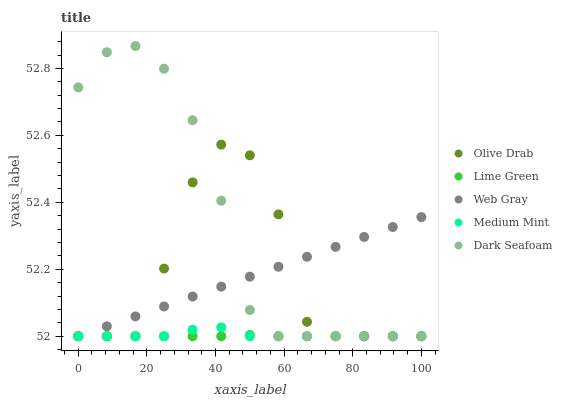
| xaxis_label | Olive Drab | Lime Green | Web Gray | Medium Mint | Dark Seafoam |
 | --- | --- | --- | --- | --- | --- |
 | 0 | 52 | 52 | 52 | 52 | 52.7 |
 | 8.33 | 52 | 52 | 52 | 52 | 52.8 |
 | 16.7 | 52 | 52 | 52.1 | 52 | 52.9 |
 | 25 | 52.2 | 52 | 52.1 | 52 | 52.8 |
 | 33.3 | 52.5 | 52 | 52.1 | 52 | 52.6 |
 | 41.7 | 52.6 | 52 | 52.1 | 52 | 52.4 |
 | 50 | 52.5 | 52 | 52.2 | 52 | 52.1 |
 | 58.3 | 52.4 | 52 | 52.2 | 52 | 52 |
 | 66.7 | 52 | 52 | 52.2 | 52 | 52 |
 | 75 | 52 | 52 | 52.3 | 52 | 52 |
 | 83.3 | 52 | 52 | 52.3 | 52 | 52 |
 | 91.7 | 52 | 52 | 52.3 | 52 | 52 |
 | 100 | 52 | 52 | 52.4 | 52 | 52 |